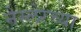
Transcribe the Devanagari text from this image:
नेस्लेरच्या